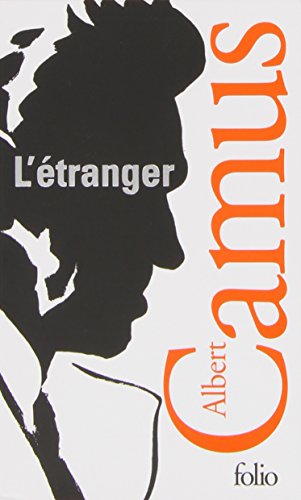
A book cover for L'Etranger (French Edition); Albert Camus; Literature & Fiction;